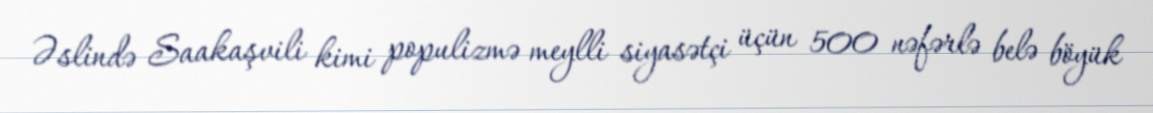
Əslində Saakaşvili kimi populizmə meylli siyasətçi üçün 500 nəfərlə belə böyük